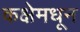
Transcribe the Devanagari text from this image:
कक्षेमधून